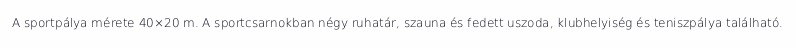
A sportpálya mérete 40×20 m. A sportcsarnokban négy ruhatár, szauna és fedett uszoda, klubhelyiség és teniszpálya található.